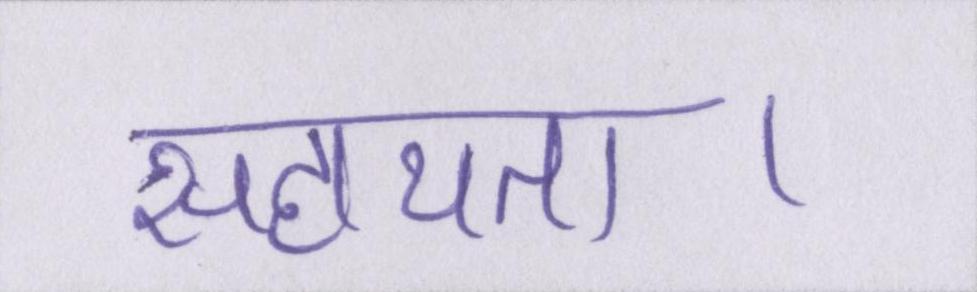
सहायता।